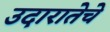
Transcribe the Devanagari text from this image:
उदारातेचे